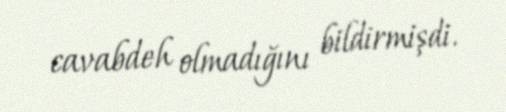
cavabdeh olmadığını bildirmişdi.